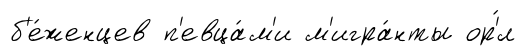
б'е́женцев п'евца́м'и м'игра́нты ор'́л